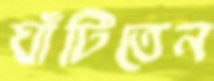
ঘাঁটিতেন